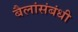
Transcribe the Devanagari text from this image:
बैलांसंबंधी